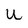
Character: u